Report on horse surra - Volume I
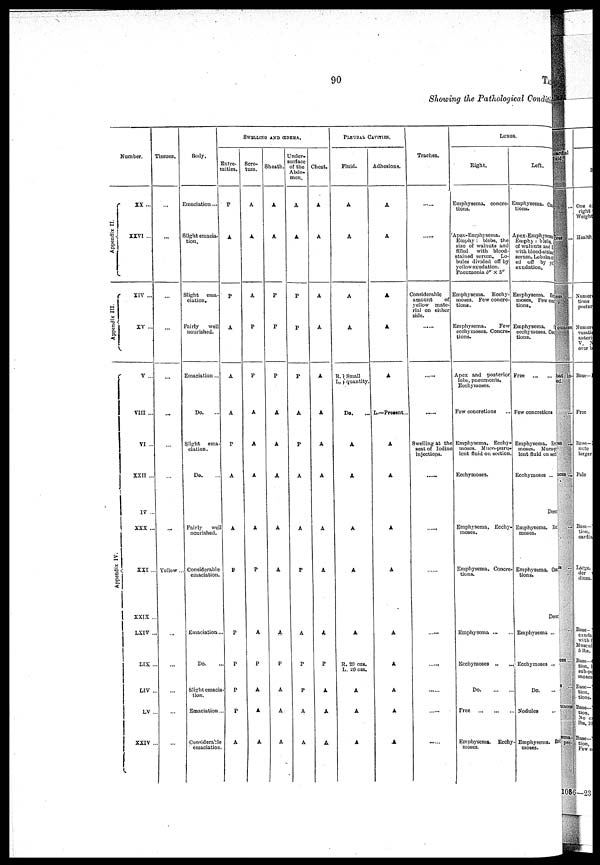
90
TABLE
Showing the Pathological Condition
Number.
Appendix II.
Appendix III.
Appendix IV
XX ...
XXVI ...
XVI ...
XV ...
V ...
VIII ...
VI ...
XXII ...
IV ...
XXX ...
XXIX
...
LXIV ...
LIX ...
LIV ...
LV ...
XXIV ...
Tissues.
...
...
...
...
...
...
...
...
...
Yellow...
...
...
...
...
...
Body.
Emaciation...
Slight emacia-
tion.
Slight ema-
ciation.
Fairly
well
nourished.
Emaciation...
Do. ...
Slight ema-
ciation.
Do. ...
Fairly
well
nourished.
Considerable
emaciation.
Emaciation.
Do. ...
Slight emacia-
tion.
Emaciation.
Considerable
emaciation
SWELLING AND ŒDBMA.
Extre-
mities.
P
A
P
A
A
A
P
A
A
P
P
P
P
P
A
Scro-
turn.
A
A
A
P
P
A
A
A
A
P
A
P
A
A
A
Sheath.
A
A
P
P
P
A
A
A
A
A
A
P
A
A
A
Under-
urface
of the
Abdo.
men.
A
A
P
P
P
A
P
A
A
P
A
P
P
A
A
Chest.
A
A
A
A
A
A
A
A
A
A
A
P
A
A
A
PLEURAL CAVITIES.
Fluid.
A
A
A
A
R.} Small
L quantity.
Do. ...
A
A
A
A
A
R. 20 ozs.
L. 20 ozs.
A
A
A
Adhesions.
A
A
A
A
A
L.—Prewnt...
A
A
A
A
A
A
A
A
A
Trachea.
......
......
Considerable
amount
of
yellow mate-
rial on either
side. ......
......
......
Swelling at the
seat of Iodine
injections.
......
......
......
......
......
......
......
LUNGS.
Bight.
Emphysema, concre-
tions.
Apex-Emphysema.
Emphy : blebs, the
size of walnuts and
filled with blood-
stained serum. Lo-
bules divided off by
yellowexudation.
Pneumonia 5" X 5"
Emphysema. Ecchy-
moses. Few concre-
tions.
Emphysema.
Few
ecchymoses. Concre-
tions.
Apex and posterior
lobe, pneuqionia,
Ecchymoses.
Few concretions
...
Emphysema. Ecchy-
moses. Muco-puru-
lent fluid on section.
Ecchymoses.
Emphysema. Ecchy-
moses.
Emphysema. Concre-
tions.
Emphysema ... ...
Ecchymoses ..
...
Do. ... ...
Free
...
...
...
Emphysema. Ecchy
moses.
Loft.
Emphysema. Concre-tions.
Apex-Emphysema
Emphy : blebs,
of walnuts and f
with blood-stained
serum. Lobules divid
ed off by yellow
exudation.
Emphysema. Ecchy-
moses. Few Concre
tions.
Emphysema,
ecchymoses. Concr e
tions.
Free
...
...
Few concretions
Emphysema. Ecchy-
moses. Muco
lent fluid on sec
Ecchymoses ...
Emphysema,
moses.
Emphysema,
tions.
Emphysema
Ecchymoses
Do.
Nodules
Emphysema,
moses.